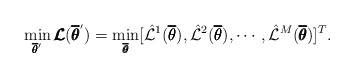
\begin{align*} \min_{\pmb{\overline{\theta}}^{'}} \pmb{\mathcal{L}}(\pmb{\overline{\theta}}^{'}) = \min_{\pmb{\overline{\theta}}} [\hat{\mathcal{L}}^{1}(\pmb{\overline{\theta}}), \hat{\mathcal{L}}^{2}(\pmb{\overline{\theta}}), \cdots, \hat{\mathcal{L}}^{M}(\pmb{\overline{\theta}})]^T.\end{align*}